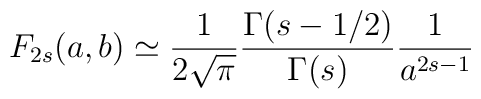
F_{2s} (a,b) \simeq \frac{1}{2 \sqrt{\pi} } \frac{\Gamma(s-1/2)}{\Gamma(s)}\frac{1}{a^{2s-1}}